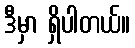
ဒီမှာ ရှိပါတယ်။